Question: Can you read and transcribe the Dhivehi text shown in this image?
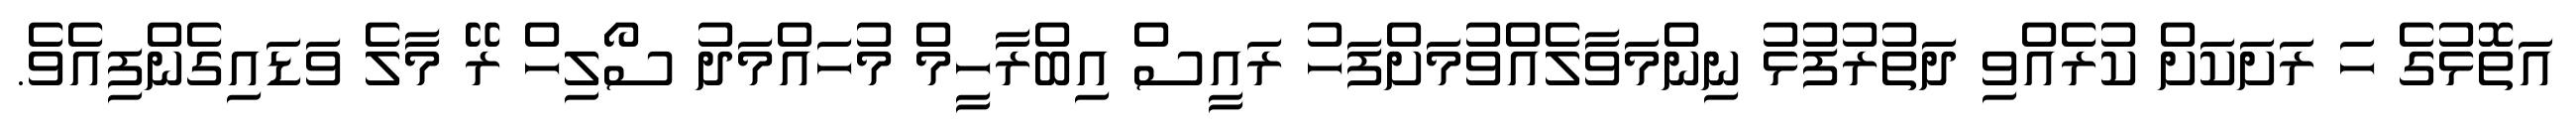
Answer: އަތޮޅުގެ ހަ ރަށަކަށް ކުރެއްވި ދަތުރުފުޅު ނިންމަވާލެއްވުމަށްފަހު ރައީސް އިބްރާހީމް މުހައްމަދު ސޯލިހް ރޭ މާލެ ވަޑައިގެންފިއެވެ.